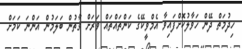
ހިދުމަތް ދޭން ހަވާލުކޮށްފައިވާ އެމްވީކޭގެ ކަންތައްތައް ވަރަށް ގާތުން ބަލަމުން އަންނަ ކަމަށް